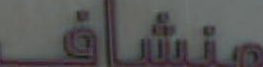
منشاف